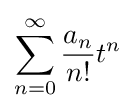
\sum _{n=0}^{\infty }{a_{n} \over n!}t^{n}